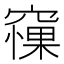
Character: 𥧵